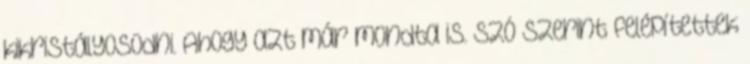
kikristályosodni. Ahogy azt már mondta is. Szó szerint felépítettek